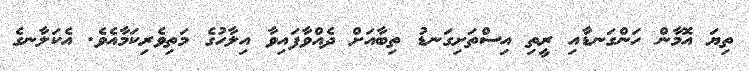
ތިޔަ އޮމާން ހަންގަނޑާއި ރީތި އިސްތަށިގަނޑު ތިބާއަށް ދެއްވާފައިވާ އިލާހުގެ މަތިވެރިކަމާއެވެ. އެކަލާނގެ